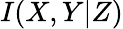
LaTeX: I(X,Y|Z)